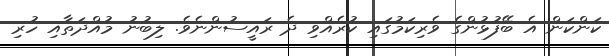
ކަންކަން އެ ބޭފުޅުންގެ ވެރިކަމުގައި ކުރެއްވި ދެ ރައީސުންނެވެ. ލިބުނު މުއްދަތާއި ހުރި